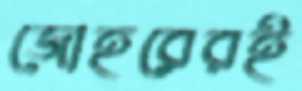
জোহরেরই